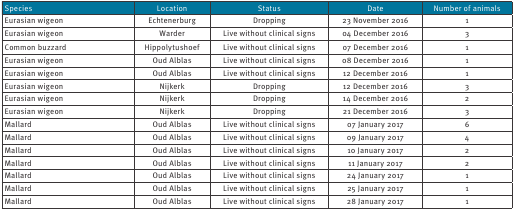
| Species | Location | Status | Date | Number of animals |
 | --- | --- | --- | --- | --- |
 | Eurasian wigeon | Echtenerburg | Dropping | 23 November 2016 | 1 |
 | Eurasian wigeon | Warder | Live without clinical signs | 04 December 2016 | 3 |
 | Common buzzard | Hippolytushoef | Live without clinical signs | 07 December 2016 | 1 |
 | Eurasian wigeon | Oud Alblas | Live without clinical signs | 08 December 2016 | 1 |
 | Eurasian wigeon | Oud Alblas | Live without clinical signs | 12 December 2016 | 1 |
 | Eurasian wigeon | Nijkerk | Dropping | 12 December 2016 | 3 |
 | Eurasian wigeon | Nijkerk | Dropping | 14 December 2016 | 2 |
 | Eurasian wigeon | Nijkerk | Dropping | 21 December 2016 | 3 |
 | Mallard | Oud Alblas | Live without clinical signs | 07 January 2017 | 6 |
 | Mallard | Oud Alblas | Live without clinical signs | 09 January 2017 | 4 |
 | Mallard | Oud Alblas | Live without clinical signs | 10 January 2017 | 2 |
 | Mallard | Oud Alblas | Live without clinical signs | 11 January 2017 | 2 |
 | Mallard | Oud Alblas | Live without clinical signs | 24 January 2017 | 1 |
 | Mallard | Oud Alblas | Live without clinical signs | 25 January 2017 | 1 |
 | Mallard | Oud Alblas | Live without clinical signs | 28 January 2017 | 1 |